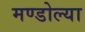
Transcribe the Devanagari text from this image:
मण्डोल्या